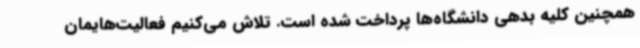
همچنین کلیه بدهی دانشگاه‌ها پرداخت شده است. تلاش می‌کنیم فعالیت‌هایمان